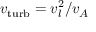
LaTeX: v _ { \mathrm { t u r b } } = v _ { l } ^ { 2 } / v _ { A }